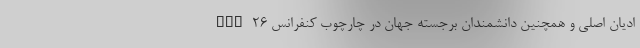
ادیان اصلی و همچنین دانشمندان برجسته جهان در چارچوب کنفرانس cop۲۶